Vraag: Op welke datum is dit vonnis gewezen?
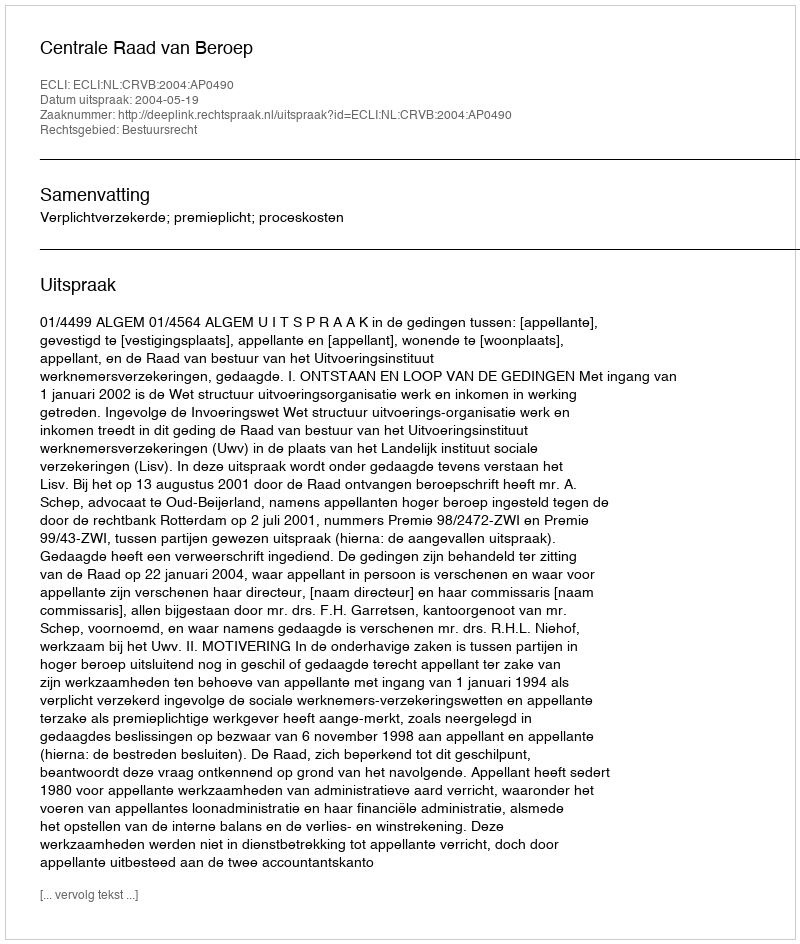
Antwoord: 2004-05-19